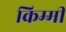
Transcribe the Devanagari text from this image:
किम्मी